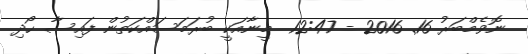
ނޮވެމްބަރު 16